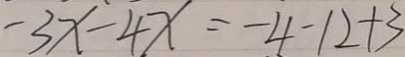
- 3 x - 4 x = - 4 - 1 2 + 3